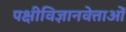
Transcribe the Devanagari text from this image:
पक्षीविज्ञानवेत्ताओं